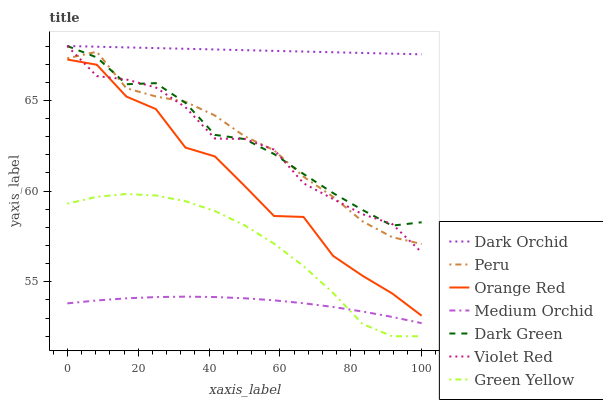
| xaxis_label | Dark Orchid | Peru | Orange Red | Medium Orchid | Dark Green | Violet Red | Green Yellow |
 | --- | --- | --- | --- | --- | --- | --- | --- |
 | 0 | 68 | 67.3 | 67.3 | 53.8 | 68 | 68 | 59.3 |
 | 8.33 | 68 | 67.7 | 67 | 54 | 67.4 | 66.3 | 59.7 |
 | 16.7 | 67.9 | 65.7 | 65.2 | 54.1 | 65.9 | 66.2 | 59.8 |
 | 25 | 67.9 | 65.2 | 64.5 | 54.2 | 66 | 65.7 | 59.8 |
 | 33.3 | 67.8 | 64.9 | 62.4 | 54.2 | 64.9 | 64.6 | 59.4 |
 | 41.7 | 67.8 | 64.2 | 61.9 | 54.2 | 63.1 | 62.9 | 58.9 |
 | 50 | 67.8 | 63 | 60.3 | 54.1 | 62.9 | 62.9 | 58.1 |
 | 58.3 | 67.7 | 62.3 | 58.6 | 54 | 62 | 62.3 | 57.1 |
 | 66.7 | 67.7 | 60.8 | 58.6 | 53.8 | 60.9 | 60.4 | 55.9 |
 | 75 | 67.7 | 59.7 | 56.4 | 53.6 | 59.9 | 59.6 | 54.4 |
 | 83.3 | 67.6 | 58.3 | 55.3 | 53.4 | 59 | 58.7 | 52.7 |
 | 91.7 | 67.6 | 57.5 | 54.4 | 53.1 | 58.1 | 58.2 | 52 |
 | 100 | 67.5 | 57.1 | 53.1 | 52.7 | 58.3 | 56.6 | 52 |